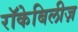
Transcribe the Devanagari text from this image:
रॉकेबिलीज़